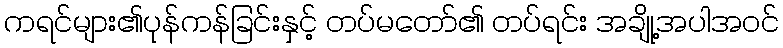
ကရင်များ၏ပုန်ကန်ခြင်းနှင့် တပ်မတော်၏ တပ်ရင်း အချို့အပါအဝင်